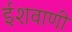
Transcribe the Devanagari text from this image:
ईशवाणी